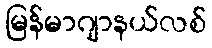
မြန်မာဂျာနယ်လစ်